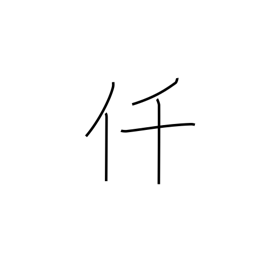
Meaning: thousand